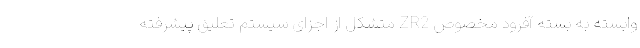
وابسته به بسته آفرود مخصوص ZR2 متشکل از اجزای سیستم تعلیق پیشرفته